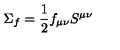
\Sigma _ { f } = \frac { 1 } { 2 } f _ { \mu \nu } S ^ { \mu \nu }